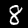
Label: 8